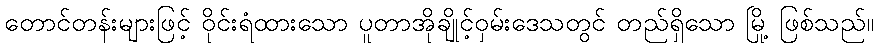
တောင်တန်းများဖြင့် ဝိုင်းရံထားသော ပူတာအိုချိုင့်ဝှမ်းဒေသတွင် တည်ရှိသော မြို့ ဖြစ်သည်။